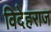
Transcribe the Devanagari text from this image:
विदेहराज